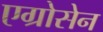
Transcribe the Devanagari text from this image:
एग्रोसेन